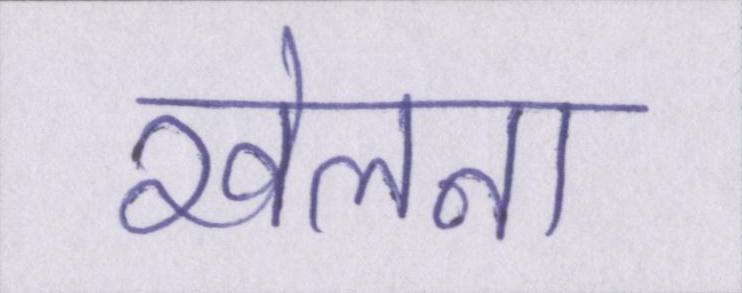
खेलना